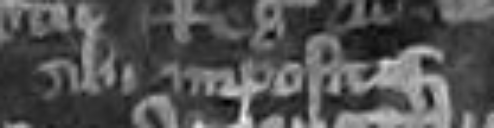
sibi impositas